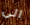
الى